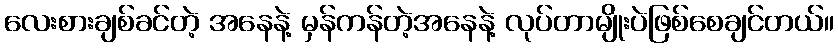
လေးစားချစ်ခင်တဲ့ အနေနဲ့ မှန်ကန်တဲ့အနေနဲ့ လုပ်တာမျိုးပဲဖြစ်စေချင်တယ်။